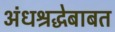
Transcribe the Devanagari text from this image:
अंधश्रद्धेबाबत